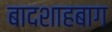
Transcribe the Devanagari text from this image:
बादशाहबाग